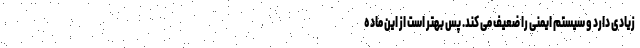
زیادی دارد و سیستم ایمنی را ضعیف می کند. پس بهتر است از این ماده